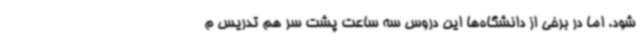
شود. اما در برخی از دانشگاه‌ها این دروس سه ساعت پشت سر هم تدریس م